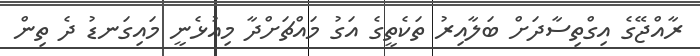
ރާއްޖޭގެ އިގްތިސާދަށް ބަލާއިރު ތަކެތީގެ އަގު މައްޗަށްދާ މިއުޅެނީ މައިގަނޑު ދެ ތިން